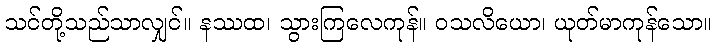
သင်တို့သည်သာလျှင်။ နဿထ၊ သွားကြလေကုန်။ ဝသလိယော၊ ယုတ်မာကုန်သော။